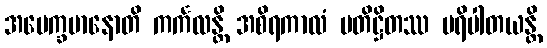
အပေက္ခမာနောတိ ကင်္ကလန္တိ အစိရကာလံ ပတိဋ္ဌိတဿ ပရိပါတယန္တိ